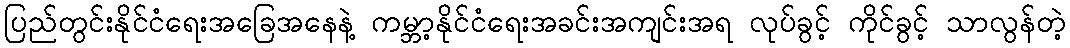
ပြည်တွင်းနိုင်ငံရေးအခြေအနေနဲ့ ကမ္ဘာ့နိုင်ငံရေးအခင်းအကျင်းအရ လုပ်ခွင့် ကိုင်ခွင့် သာလွန်တဲ့